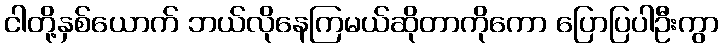
ငါတို့နှစ်ယောက် ဘယ်လိုနေကြမယ်ဆိုတာကိုကော ပြောပြပါဦးကွာ